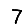
Digit: 7